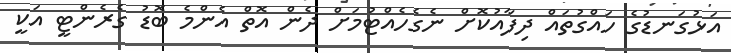
އަޅުގަނޑުގެ ހައްގުތައް ދިފާއުކޮށް ނެގެހެއްޓުމަށް ދެން އޮތް އެންމެ ބޮޑު ގެރެންޓީ އަކީ